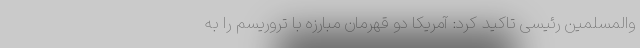
والمسلمین رئیسی تاکید کرد: آمریکا دو قهرمان مبارزه با تروریسم را به